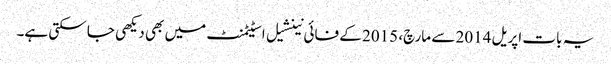
یہ بات اپریل 2014 سے مارچ، 2015 کے فائی نینشیل اسٹیٹمنٹ میں بھی دیکھی جا سکتی ہے۔